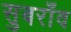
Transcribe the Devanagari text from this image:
सुबराँव